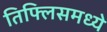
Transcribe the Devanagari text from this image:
तिफ्लिसमध्ये